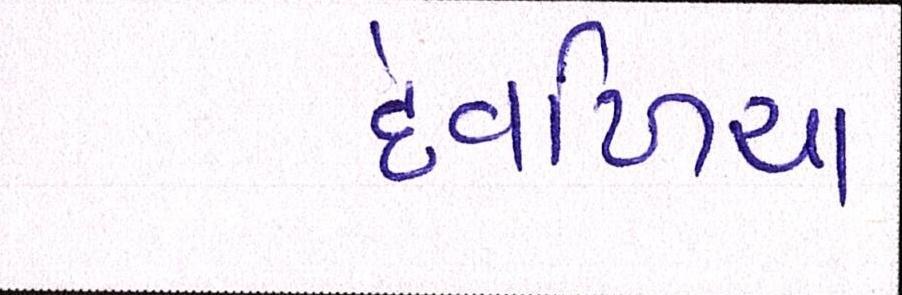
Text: દેવળિયા